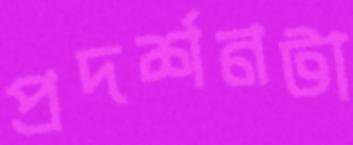
প্রদর্শনটা